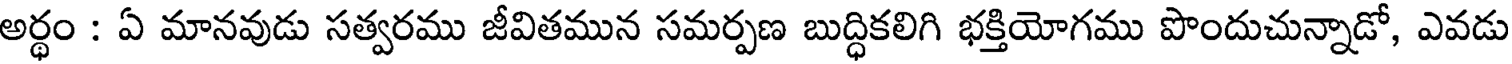
అర్ధం : ఏ మానవుడు సత్వరము జీవితమున సమర్పణ బుద్ధికలిగి భక్తియోగము పొందుచున్నాడో, ఎవడు